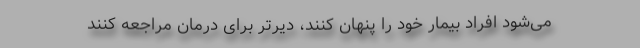
می‌شود افراد بیمار خود را پنهان کنند، دیرتر برای درمان مراجعه کنند